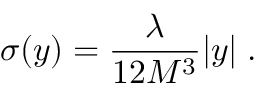
\sigma ( y ) = \frac { \lambda } { 1 2 M ^ { 3 } } | y | \; .